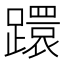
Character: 𨆈